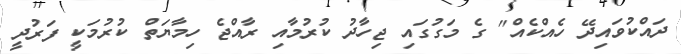
ދައްކުވައިދޭ ހެއްކެއް" ގެ މަގުގައި ޖިހާދު ކުރުމާއި ރާއްޖެ ހިމާޔަތް ކުރުމަކީ ފަރުދީ